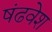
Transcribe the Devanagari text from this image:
षंढवेश